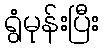
ရွံမုန်းပြီး